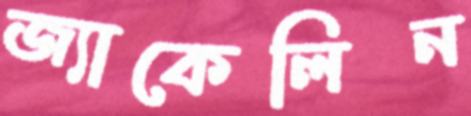
জ্যাকেলিন